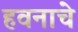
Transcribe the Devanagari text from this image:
हवनाचे